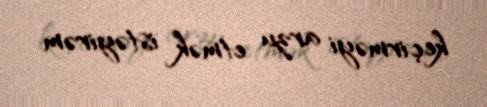
keçirməyi arzu etmək istəyirəm.